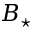
B _ { \star }